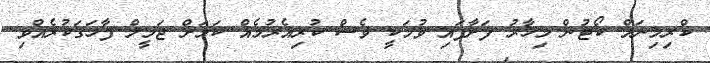
ކްރިމިނަލް ކޯޓުން މިހާރު ފަށާފައި ވުމަކީ ވެސް ކުރިއެރުމެއް ކަމަށް ޖަމީލް ފާހަގަކުރެއްވި